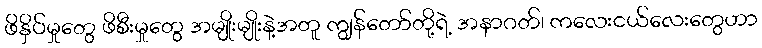
ဖိနှိပ်မှုတွေ ဖိစီးမှုတွေ အမျိုးမျိုးနဲ့အတူ ကျွန်တော်တို့ရဲ့ အနာဂတ်၊ ကလေးငယ်လေးတွေဟာ